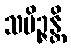
သမိဉ္ဇန္တိ